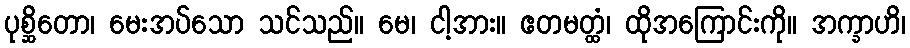
ပုစ္ဆိတော၊ မေးအပ်သော သင်သည်။ မေ၊ ငါ့အား။ ဧတမတ္ထံ၊ ထိုအကြောင်းကို။ အက္ခာဟိ၊